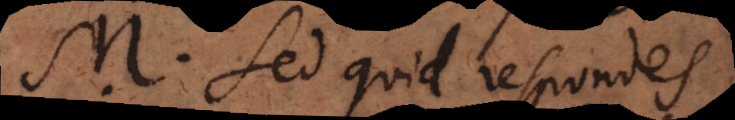
M. Sed quid respondes